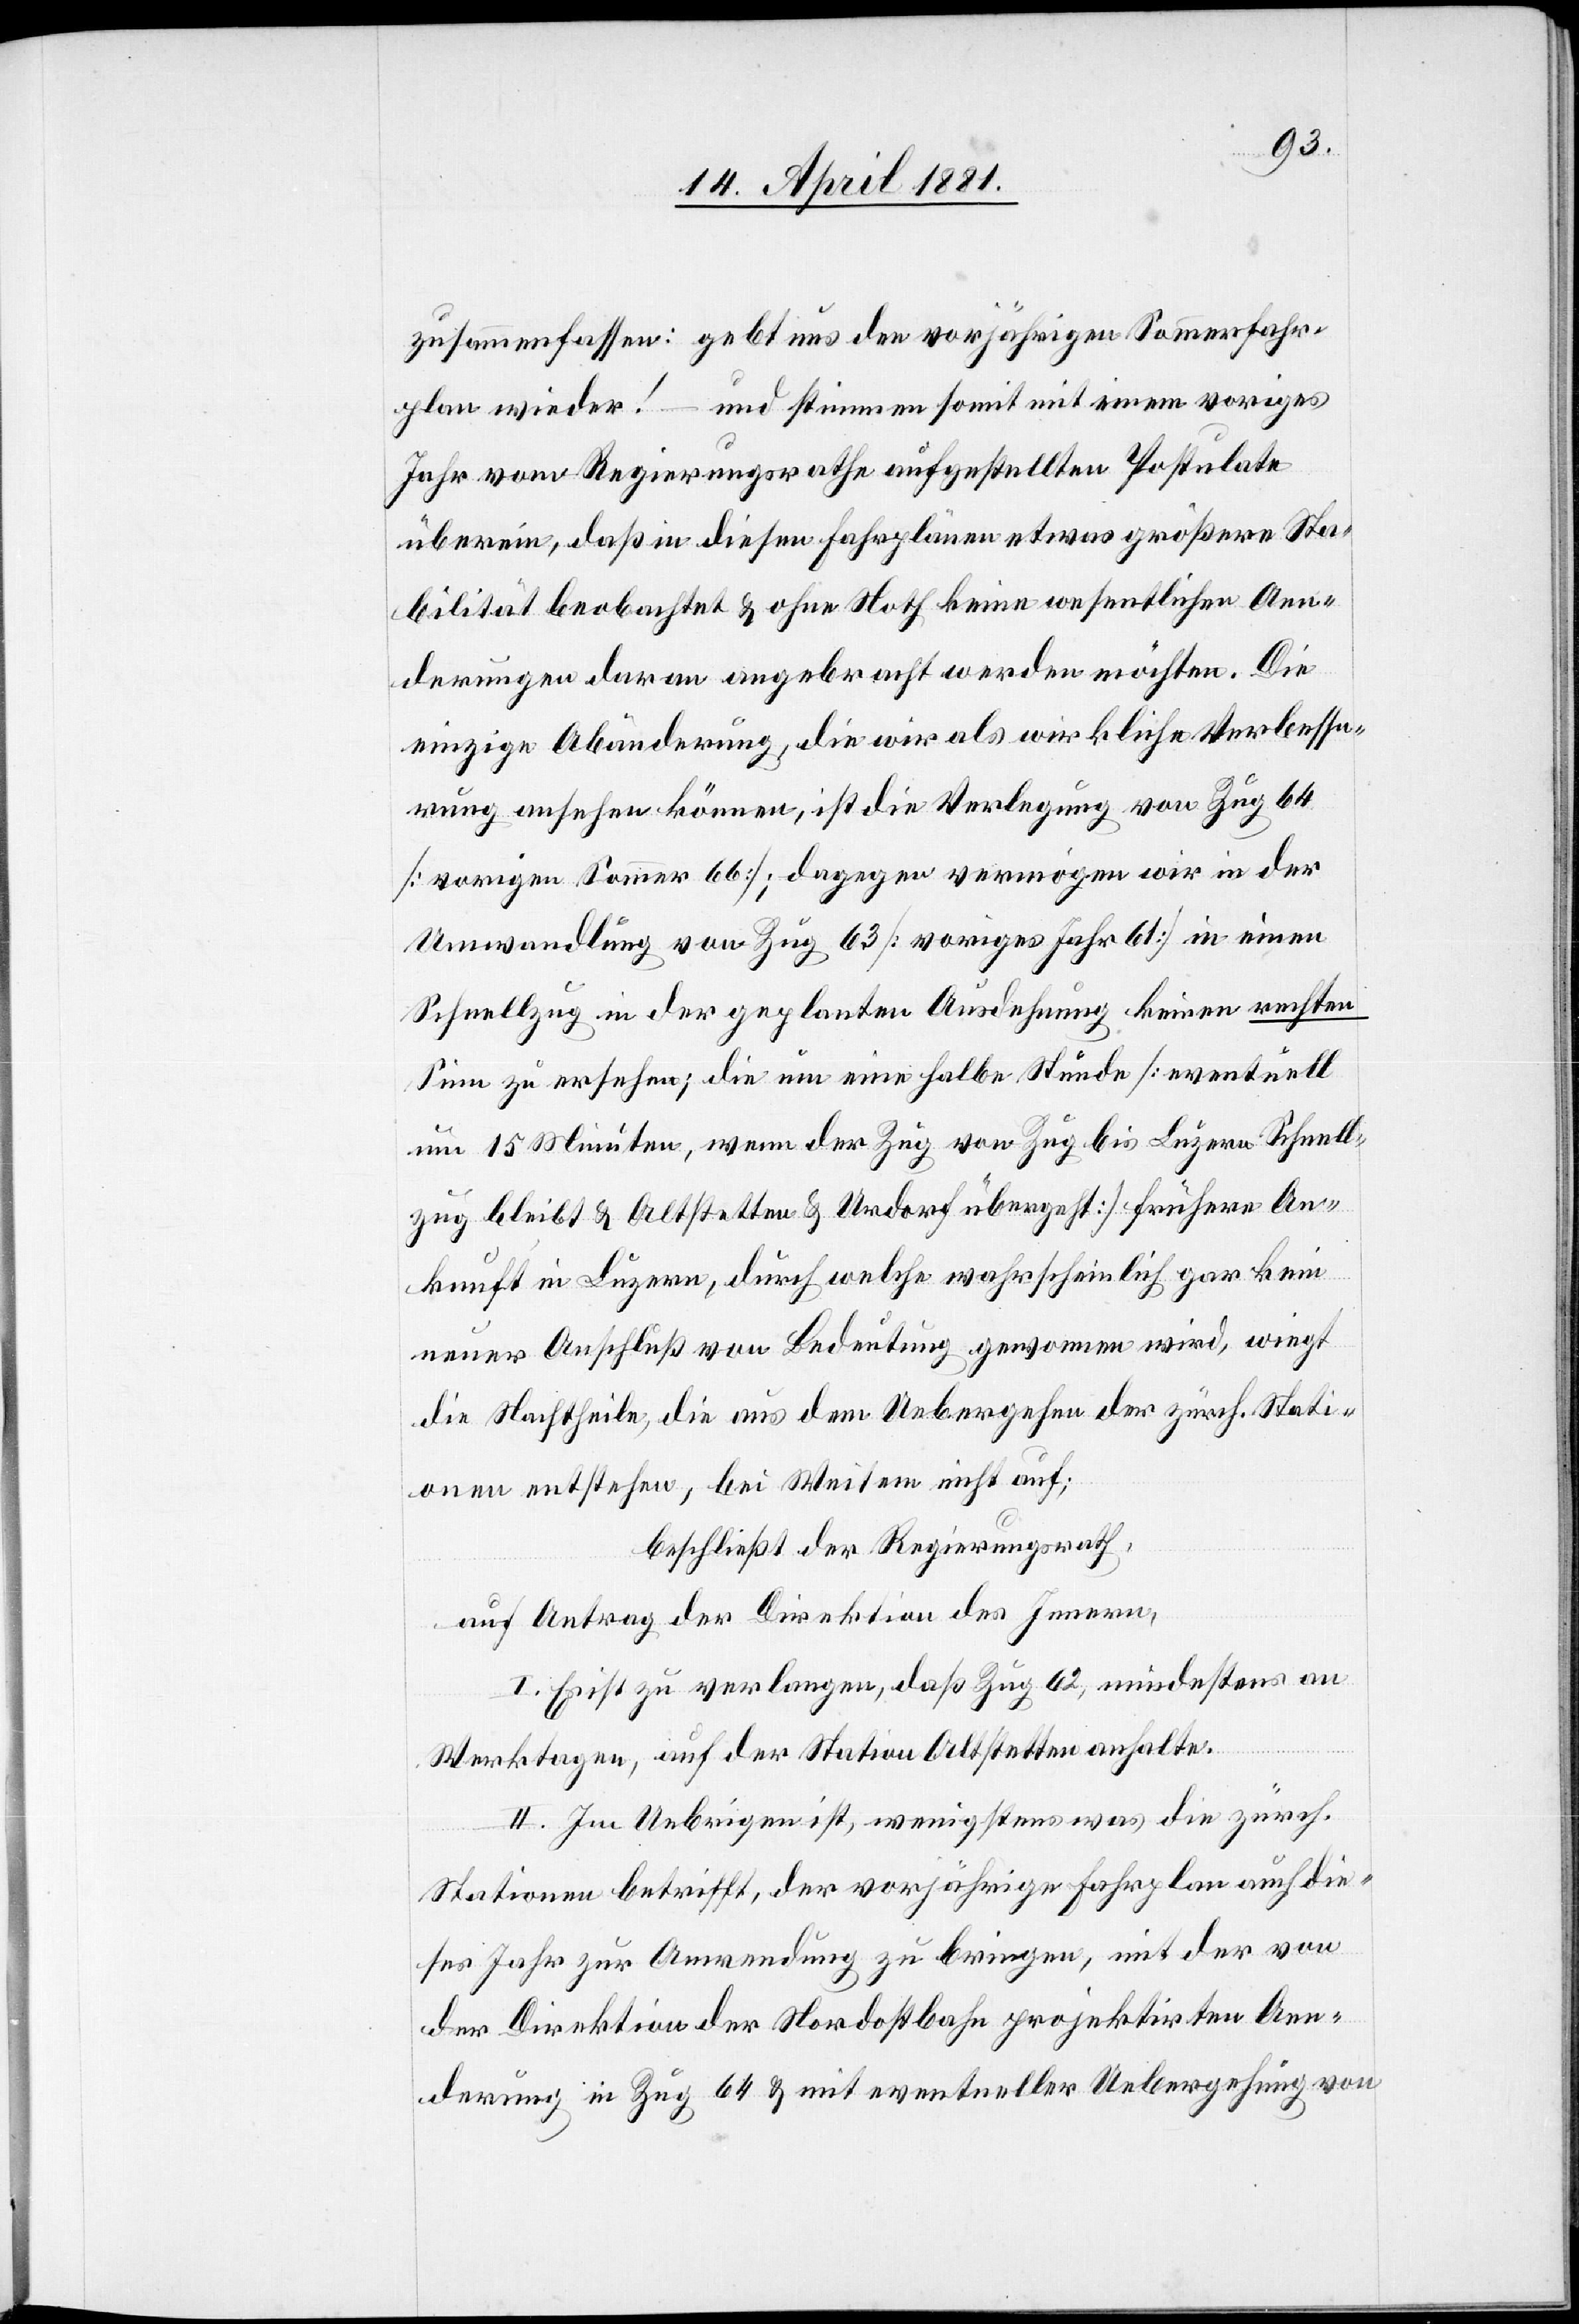
zusammenfassen: gebt uns den vorjährigen Sommerfahr¬
und stimmen somit mit einem voriges
plan wieder!
Jahr vom Regierungsrath aufgestellten Postulate
überein, daß in diesen Fahrplänen etwas größere Sta¬
bilität beobachtet & ohne Noth keine wesentlichen Aen¬
derungen daran angebracht werden möchten. Die
einzige Abänderung, die wir als wirkliche Verbesse¬
rung ansehen können, ist die Verlegung von Zug 64
[vorigen Sommer 66]; dagegen vermögen wir in der
Umwandlung von Zug 63 [voriges Jahr 61] in einen
Schnellzug in der geplanten Ausdehnung keinen rechten
Sinn zu ersehen; die um eine halbe Stunde [eventuell
um 15 Minuten, wenn der Zug von Zug bis Luzern Schnell¬
zug bleibt & Altstetten & Urdorf übergeht] frühere An¬
kunft in Luzern, durch welche wahrscheinlich gar kein
neuer Anschluß von Bedeutung genommen wird, wiegt
die Nachtheile, die aus dem Uebergehen der zürch. Stati¬
onen entstehen, bei Weitem nicht auf;
beschließt der Regierungsrath,
auf Antrag der Direktion des Innern,
I. Es ist zu verlangen, daß Zug 62, mindestens an
Werktagen, auf der Station Altstetten anhalte.
II. Im Uebrigen ist, wenigstens was die zürch.
–
Stationen betrifft, der vorjährige Fahrplan auch die¬
ses Jahr zur Anwendung zu bringen, mit der von
der Direktion der Nordostbahn projektirten Aen¬
derung in Zug 64 & mit eventueller Uebergehung von